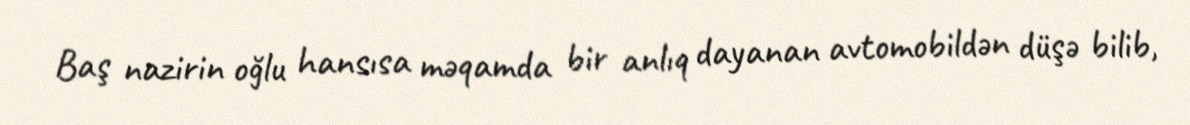
Baş nazirin oğlu hansısa məqamda bir anlıq dayanan avtomobildən düşə bilib,